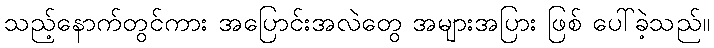
သည့်နောက်တွင်ကား အပြောင်းအလဲတွေ အများအပြား ဖြစ် ပေါ်ခဲ့သည်။